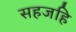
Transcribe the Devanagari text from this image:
सहजहि